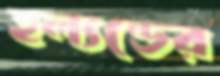
হল্যন্ডের